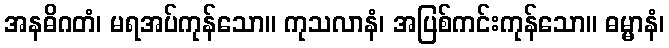
အနဓိဂတံ၊ မရအပ်ကုန်သော။ ကုသလာနံ၊ အပြစ်ကင်းကုန်သော။ ဓမ္မာနံ၊